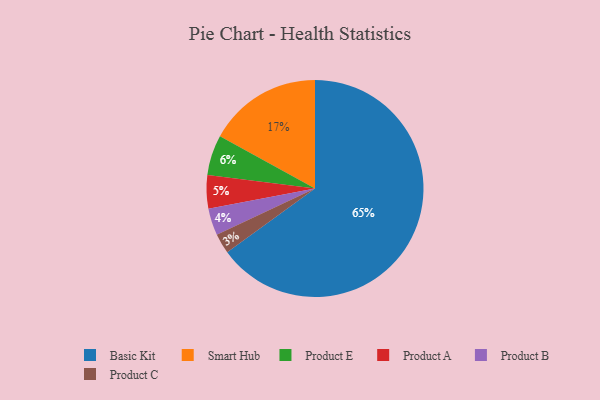
{"axis": {"x": "Category", "y": "Percentage"}, "legend": ["Basic Kit", "Product A", "Product B", "Product C", "Product E", "Smart Hub"], "data": [{"x": "Product A", "y": 5, "type": "Product A"}, {"x": "Smart Hub", "y": 17, "type": "Smart Hub"}, {"x": "Product B", "y": 4, "type": "Product B"}, {"x": "Basic Kit", "y": 65, "type": "Basic Kit"}, {"x": "Product C", "y": 3, "type": "Product C"}, {"x": "Product E", "y": 6, "type": "Product E"}]}